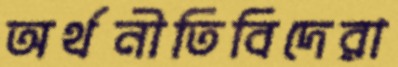
অর্থনীতিবিদেরা